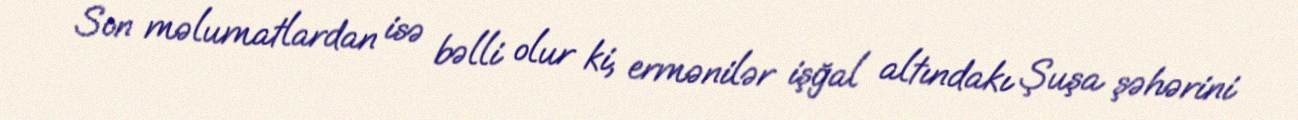
Son məlumatlardan isə bəlli olur ki, ermənilər işğal altındakı Şuşa şəhərini